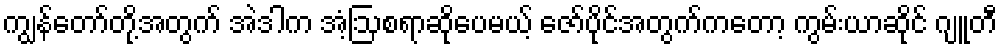
ကျွန်တော်တို့အတွက် အဲဒါက အံ့ဩစရာဆိုပေမယ့် ဇော်ပိုင်အတွက်ကတော့ ကွမ်းယာဆိုင် ဂျူတီ